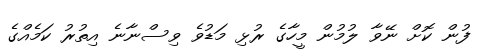
ފުން ކޮށް ނޭވާ ލުމުން މީހާގެ ރުޅި މަޑުވެ ވިސްނާނެ އިތުރު ކަމެއްގެ